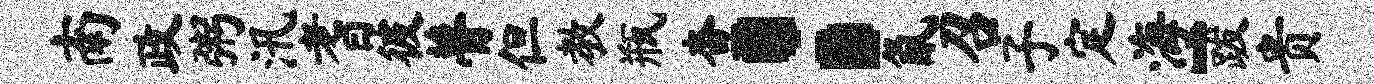
南政粥汛耆彼瞢但教瓶查：氤召子定海-跋贵